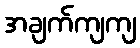
အချက်ကျကျ